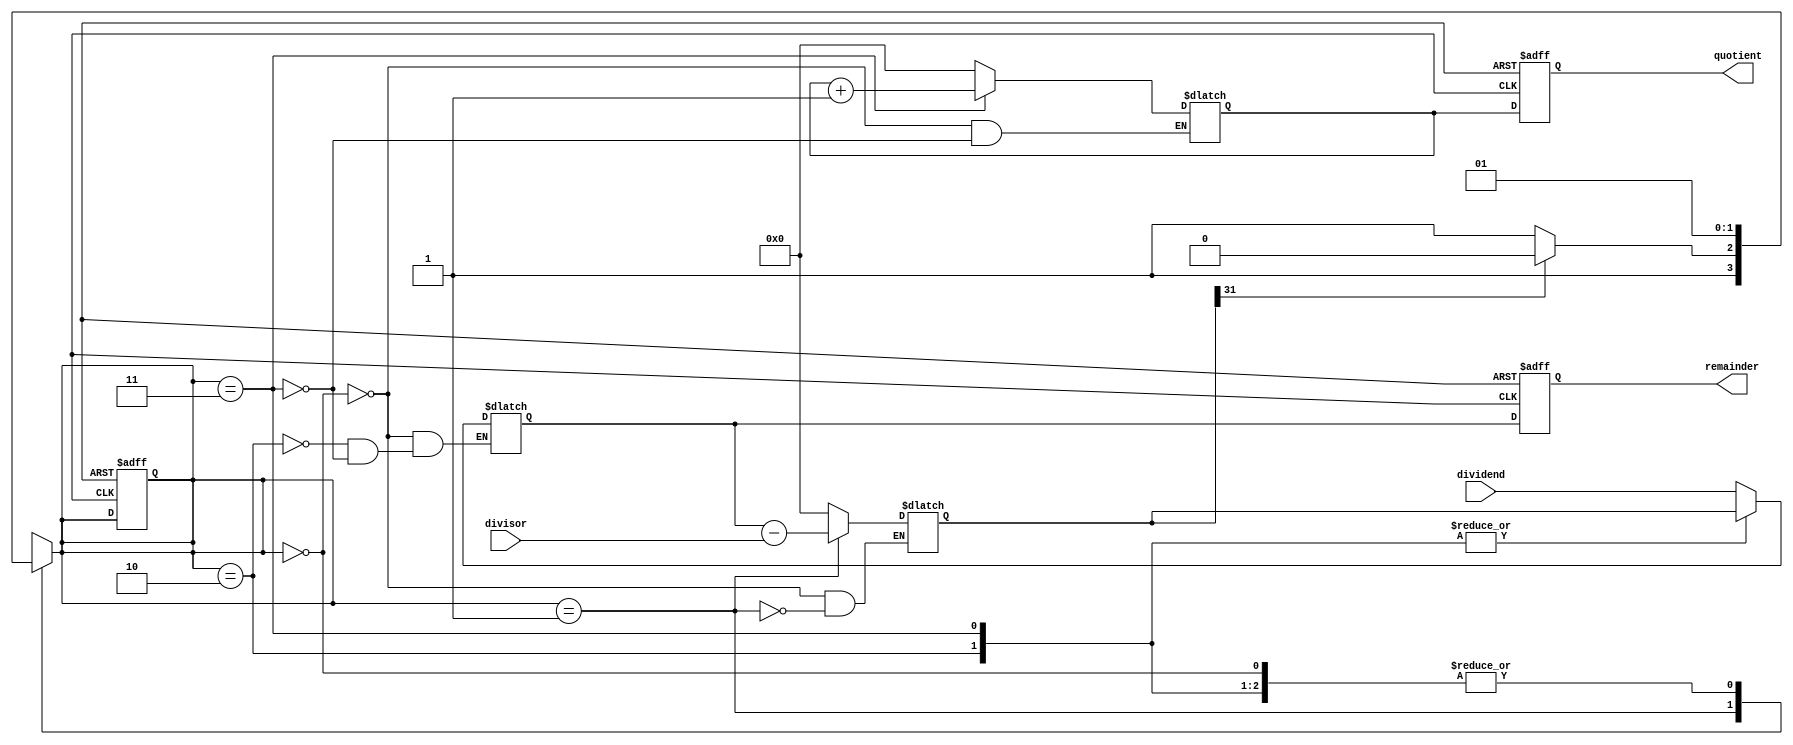
module Asynchronous_Divider(
    input wire [31:0] dividend,
    input wire [31:0] divisor,
    output reg [31:0] quotient,
    output reg [31:0] remainder
);

reg [31:0] temp_dividend;
reg [31:0] temp_remainder;
reg [31:0] temp_quotient;
reg [31:0] temp_subtract;
reg [1:0] state;

always @(*) begin
    case(state)
        2'b00: begin
            temp_dividend <= dividend;
            temp_remainder <= dividend;
            temp_quotient <= 32'b0;
            temp_subtract <= 32'b0;
            state <= 2'b01;
        end

        2'b01: begin
            temp_subtract <= temp_remainder - divisor;
            state <= (temp_subtract[31] == 1) ? 2'b10 : 2'b11;
        end

        2'b10: begin
            temp_remainder <= temp_subtract;
            state <= 2'b01;
        end

        2'b11: begin
            temp_remainder <= temp_subtract;
            temp_quotient <= temp_quotient + 1;
            state <= 2'b01;
        end
    endcase
end

always @(posedge clock or posedge reset) begin
    if(reset) begin
        quotient <= 32'b0;
        remainder <= 32'b0;
        state <= 2'b00;
    end else begin
        quotient <= temp_quotient;
        remainder <= temp_remainder;
    end
end

endmodule